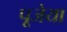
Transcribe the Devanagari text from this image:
पूजेया